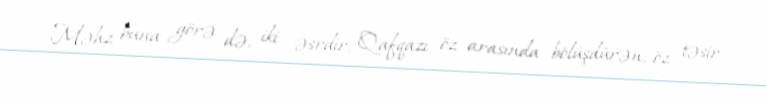
Məhz buna görə də, iki əsrdir, Qafqazı öz arasında bölüşdürən, öz təsir